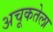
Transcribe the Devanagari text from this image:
अचूकतेला